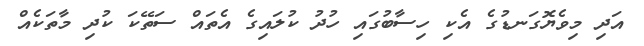
އަދި މިވެޔޮގަނޑުގެ އެކި ހިސާބުގައި ހުދު ކުލައިގެ އެތައް ސަތޭކަ ކުދި މާތަކެއް